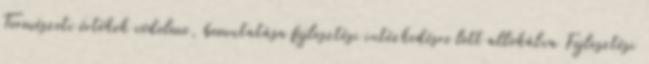
Természeti értékek védelme, bemutatása fejlesztési intézkedésre lett allokálva Fejlesztési